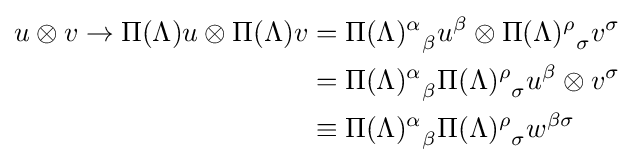
{\begin{aligned}u\otimes v\rightarrow \Pi (\Lambda )u\otimes \Pi (\Lambda )v&={\Pi (\Lambda )^{\alpha }}_{\beta }u^{\beta }\otimes {\Pi (\Lambda )^{\rho }}_{\sigma }v^{\sigma }\\&={\Pi (\Lambda )^{\alpha }}_{\beta }{\Pi (\Lambda )^{\rho }}_{\sigma }u^{\beta }\otimes v^{\sigma }\\&\equiv {\Pi (\Lambda )^{\alpha }}_{\beta }{\Pi (\Lambda )^{\rho }}_{\sigma }w^{\beta \sigma }\end{aligned}}